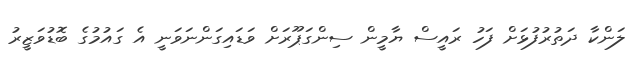
ލަންކާ ދަތުރުފުޅަށް ފަހު ރައީސް ޔާމީން ސިންގަޕޫރަށް ވަޑައިގަންނަވަނީ އެ ގައުމުގެ ބޮޑުވަޒީރު